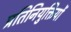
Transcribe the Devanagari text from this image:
प्रतिनियुक्तियों